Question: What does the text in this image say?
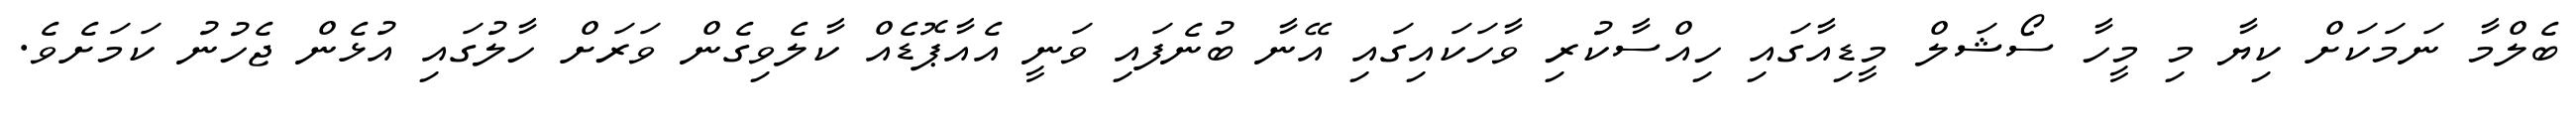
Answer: ބެލްމާ ނަމަކަށް ކިޔާ މި މީހާ ސޯޝަލް މީޑިއާގައި ހިއްސާކުރި ވާހަކައިގައި އޭނާ ބުނެފައި ވަނީ އެއާޕޮޑެއް ކާލެވިގެން ވަރަށް ހާލުގައި އުޅެން ޖެހުނު ކަމަށެވެ.